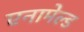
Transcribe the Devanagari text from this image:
एनामेल्ड